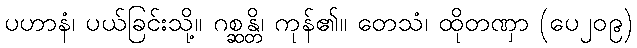
ပဟာနံ၊ ပယ်ခြင်းသို့။ ဂစ္ဆန္တိ၊ ကုန်၏။ တေသံ၊ ထိုတဏှာ (ပေ၂၀၉)